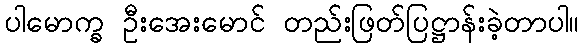
ပါမောက္ခ ဦးအေးမောင် တည်းဖြတ်ပြဋ္ဌာန်းခဲ့တာပါ။